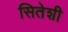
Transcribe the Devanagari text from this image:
सितेशी